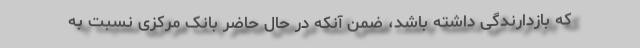
که بازدارندگی داشته باشد، ضمن آنکه در حال حاضر بانک مرکزی نسبت به